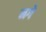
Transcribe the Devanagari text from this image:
मगे